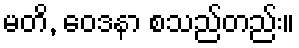
မတိ, ဝေဒနာ စသည်တည်း။